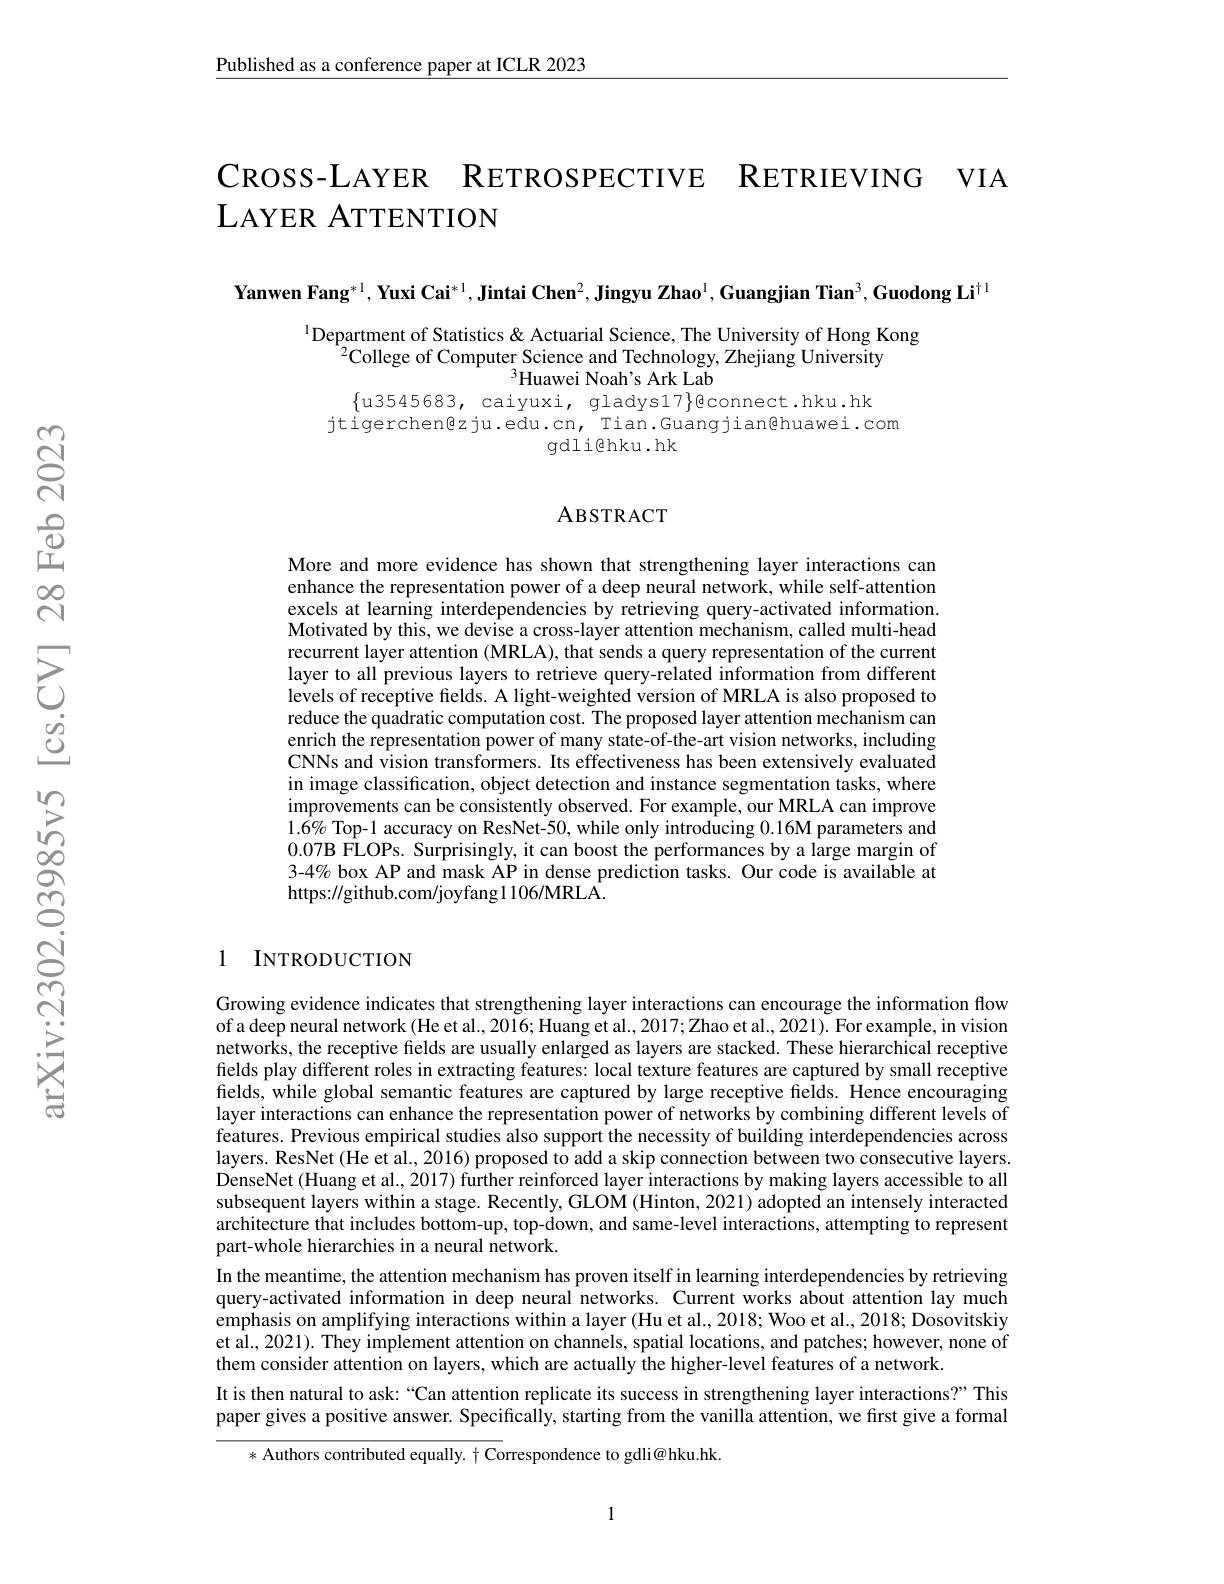
Published as a conference paper at ICLR 2023

CROSS-LAYER RETROSPECTIVE RETRIEVING VIA

# $\mathrm{L}_{\text{АҮЕR АТТЕNТIОN}}$

Yanwen Fang$^*1,\textbf{Yuxi Cai}^{*1},\textbf{Jintai Chen}^2,\textbf{Jingyu Zhao}^1,\textbf{Guangjian Tian}^3,\textbf{Guodong Li}^{\dagger\text{l}}$

$^{1}$Department of Statistics & Actuarial Science, The University of Hong Kong
$^{2}$College of Computer Science and Technology, Zhejiang University
$^{3}$Huawei Noah's Ark Lab
$\{u3545683,caiyuxi,gladys17\}$econnect.hku.hk

jtigerchen@zju.edu.cn, Tian.Guangjian@huawei.com
gdli@hku.hk

### ABSTRACT

More and more evidence has shown that strengthening layer interactions can enhance the representation power of a deep neural network, while self-attention excels at learning interdependencies by retrieving query-activated information. Motivated by this, we devise a cross-layer attention mechanism, called multi-head recurrent layer attention (MRLA), that sends a query representation of the current layer to all previous layers to retrieve query-related information from different levels of receptive fields. A light-weighted version of MRLA is also proposed to reduce the quadratic computation cost. The proposed layer attention mechanism can enrich the representation power of many state-of-the-art vision networks, including CNNs and vision transformers. Its effectiveness has been extensively evaluated in image classification, object detection and instance segmentation tasks, where improvements can be consistently observed. For example, our MRLA can improve $1.6\%$ Top-1 accuracy on ResNet-50, while only introducing 0.16M parameters and 0.07B FLOPs. Surprisingly, it can boost the performances by a large margin of 3-4% box AP and mask AP in dense prediction tasks. Our code is available at https://github.com/joyfang1106/MRLA.

### 1 INTRODUCTION

Growing evidence indicates that strengthening layer interactions can encourage the information flow of a deep neural network (He et al., 2016; Huang et al., 2017; Zhao et al., 2021). For example, in vision networks, the receptive fields are usually enlarged as layers are stacked. These hierarchical receptive fields play different roles in extracting features: local texture features are captured by small receptive fields, while global semantic features are captured by large receptive fields. Hence encouraging layer interactions can enhance the representation power of networks by combining different levels of features. Previous empirical studies also support the necessity of building interdependencies across layers. ResNet (He et al., 2016) proposed to add a skip connection between two consecutive layers. DenseNet (Huang et al., 2017) further reinforced layer interactions by making layers accessible to all subsequent layers within a stage. Recently, GLOM (Hinton, 2021) adopted an intensely interacted architecture that includes bottom-up, top-down, and same-level interactions, attempting to represent part-whole hierarchies in a neural network.
In the meantime, the attention mechanism has proven itself in learning interdependencies by retrieving query-activated information in deep neural networks. Current works about attention lay much emphasis on amplifying interactions within a layer (Hu et al., 2018; Woo et al., 2018; Dosovitskiy et al., 2021). They implement attention on channels, spatial locations, and patches; however, none of them consider attention on layers, which are actually the higher-level features of a network.
It is then natural to ask:“Can attention replicate its success in strengthening layer interactions?” This paper gives a positive answer. Specifically, starting from the vanilla attention, we first give a formal
* Authors contributed equally. $\dagger$ Correspondence to gdli@hku.hk.

1